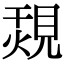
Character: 覝